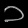
Digit: ၁